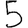
Digit: 5